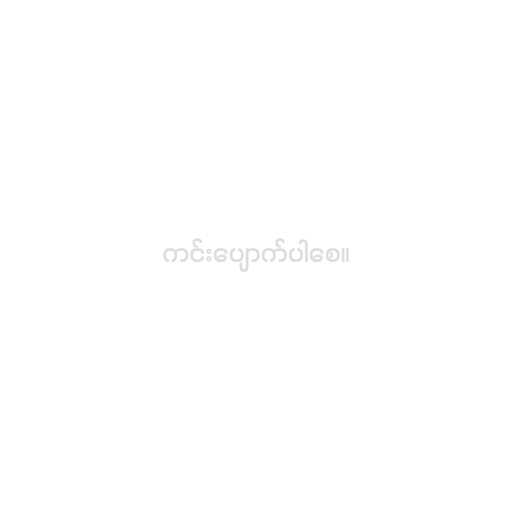
ကင်းပျောက်ပါစေ။